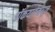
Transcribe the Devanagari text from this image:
डॉकयार्डमधून